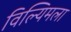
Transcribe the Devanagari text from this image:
विल्यिमला